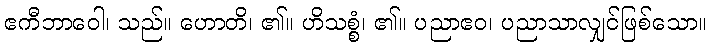
ဧကီဘာဝေါ၊ သည်။ ဟောတိ၊ ၏။ ဟိသစ္စံ၊ ၏။ ပညာဧဝ၊ ပညာသာလျှင်ဖြစ်သော။